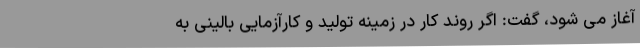
آغاز می شود، گفت: اگر روند کار در زمینه تولید و کارآزمایی بالینی به